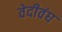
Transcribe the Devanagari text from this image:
वेदीवंघ